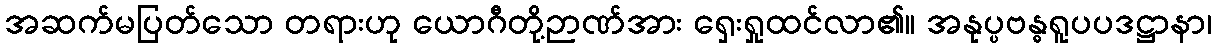
အဆက်မပြတ်သော တရားဟု ယောဂီတို့ဉာဏ်အား ရှေးရှုထင်လာ၏။ အနုပ္ပဗန္ဓရူပပဒဋ္ဌာနာ၊